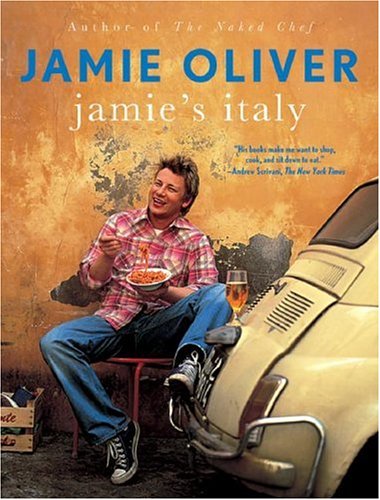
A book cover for Jamie's Italy; Jamie Oliver; Cookbooks, Food & Wine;